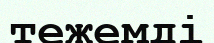
тежемді